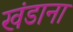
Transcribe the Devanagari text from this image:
खंडाना